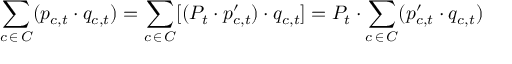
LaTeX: \sum _ { c \, \in \, C } ( p _ { c , t } \cdot q _ { c , t } ) = \sum _ { c \, \in \, C } [ ( P _ { t } \cdot p _ { c , t } ^ { \prime } ) \cdot q _ { c , t } ] = P _ { t } \cdot \sum _ { c \, \in \, C } ( p _ { c , t } ^ { \prime } \cdot q _ { c , t } )